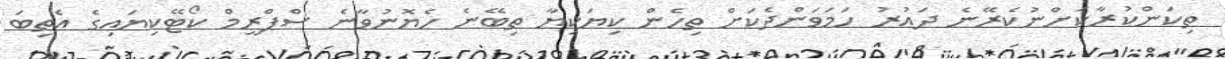
ތިކަންކުރާކަށްނުކެރޭނެ ދައުރު ހަމަވަންދެކަށް ތިހެން ކިޔަކިޔާ ތިބޭނެ ހެޔޮނުވާނެ ސްޕްރީމް ކޯޓޭކިޔައިގެ އެތިބަ